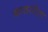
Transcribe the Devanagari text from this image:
काठसोला